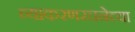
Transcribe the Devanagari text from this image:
व्याकरणरचनेच्या